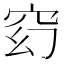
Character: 𥥆